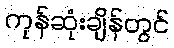
ကုန်ဆုံးချိန်တွင်